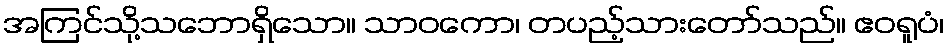
အကြင်သို့သဘောရှိသော။ သာဝကော၊ တပည့်သားတော်သည်။ ဧဝရူပံ၊